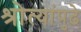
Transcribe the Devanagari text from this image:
श्रोत्यांपुढे